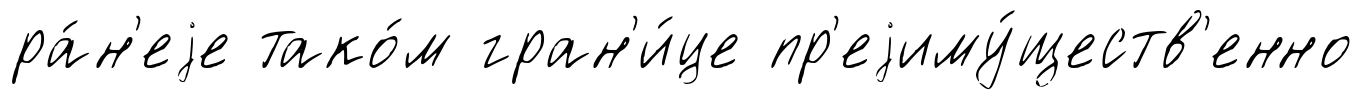
ра́н'еjе тако́м гран'и́це пр'еjиму́ществ'енно